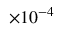
\times 1 0 ^ { - 4 }